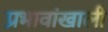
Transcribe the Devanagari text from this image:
प्रभावांखाली